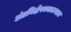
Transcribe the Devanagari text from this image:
अंडनिक्षेपकातउघडत